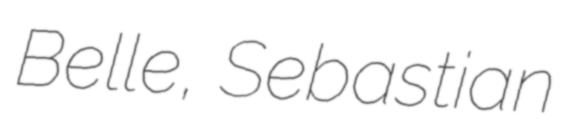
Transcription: Belle, Sebastian